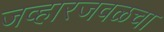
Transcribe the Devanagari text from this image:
जव्हारजवळचा